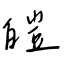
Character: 皚